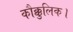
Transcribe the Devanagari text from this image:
कौक्कुलिक।